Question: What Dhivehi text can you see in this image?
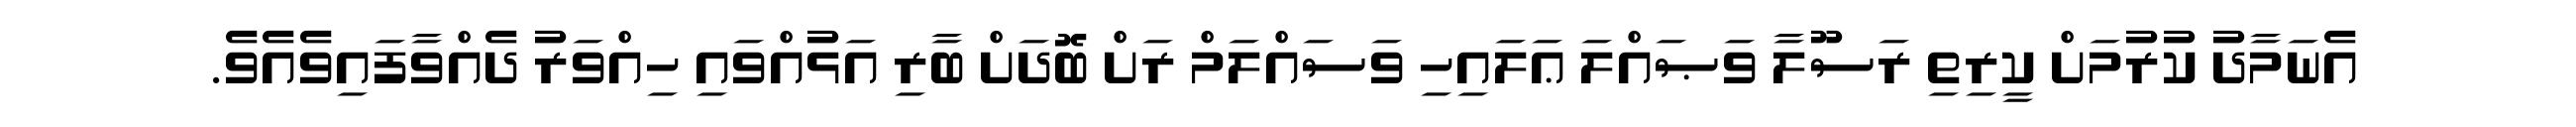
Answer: އެނަމާދު ކުރުމަށް ކީރިތި ރަސޫލާ ވަޞައްލަ ޢަލައިހި ވަސައްލަމް ރަށް ބޮދަށް ބާރި އަޅުއްވައި ހިއްވަރު ދެއްވާފައިވެއެވެ.